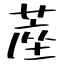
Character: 蓙